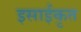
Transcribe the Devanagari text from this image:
इसाईकृत